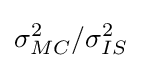
\sigma _{MC}^{2}/\sigma _{IS}^{2}